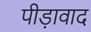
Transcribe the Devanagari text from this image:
पीड़ावाद